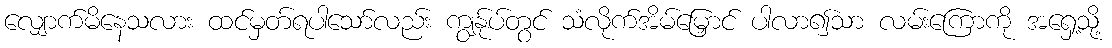
လျှောက်မိနေသလား ထင်မှတ်ရပါသော်လည်း ကျွန်ုပ်တွင် သံလိုက်အိမ်မြှောင် ပါလာ၍သာ လမ်းကြောကို အရှေ့သို့